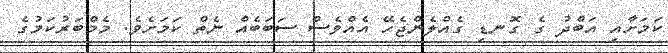
ކަމަށާއި އަބްދު ގެ ގޮނޑި ގެއްލެންޖެހޭ އެއްވެސް ސަބަބެއް ނެތް ކަަމަށެވެ. މެމްބަރުކަމުގެ